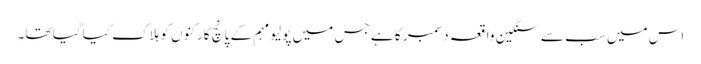
اس میں سب سے سنگین واقعہ دسمبر کا ہے جس میں پولیو مہم کے پانچ کارکنوں کو ہلاک کیا گیا تھا۔